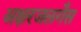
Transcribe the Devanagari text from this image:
अक्षरजलगैस